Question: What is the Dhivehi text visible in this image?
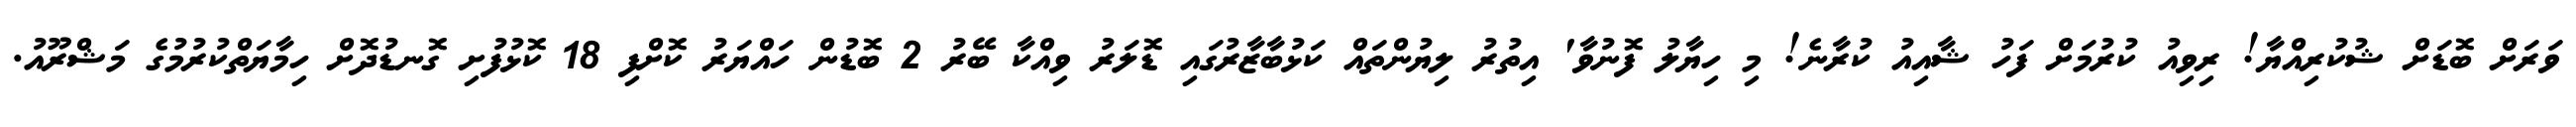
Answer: ވަރަށް ބޮޑަށް ޝުކުރިއްޔާ! ރިވިއު ކުރުމަށް ފަހު ޝާއިއު ކުރާނެ! މި ހިޔާލު ފޮނުވާ' އިތުރު ލިޔުންތައް ކަޅުބާޒާރުގައި ޑޮލަރު ވިއްކާ ބޭރު 2 ބޮޑުން ހައްޔަރު ކޮށްފި 18 ކޮޅުފުށި ގޮނޑުދޮށް ހިމާޔަތްކުރުމުގެ މަޝްރޫއު.